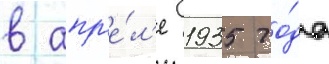
в апр'е́л'е 1935 го́да